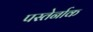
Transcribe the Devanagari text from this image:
पस्तेर्नाक